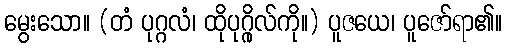
မွေးသော။ (တံ ပုဂ္ဂလံ၊ ထိုပုဂ္ဂိုလ်ကို။) ပူဇယေ၊ ပူဇော်ရာ၏။